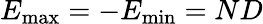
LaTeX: E_{\mathrm{max}}=-E_{\mathrm{min}}=ND